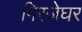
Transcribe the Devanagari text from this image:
गिरजेघर